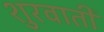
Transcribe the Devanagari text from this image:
शुरवाती